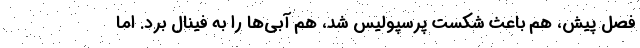
فصل پیش، هم باعث شکست پرسپولیس شد، هم آبی‌ها را به فینال برد. اما